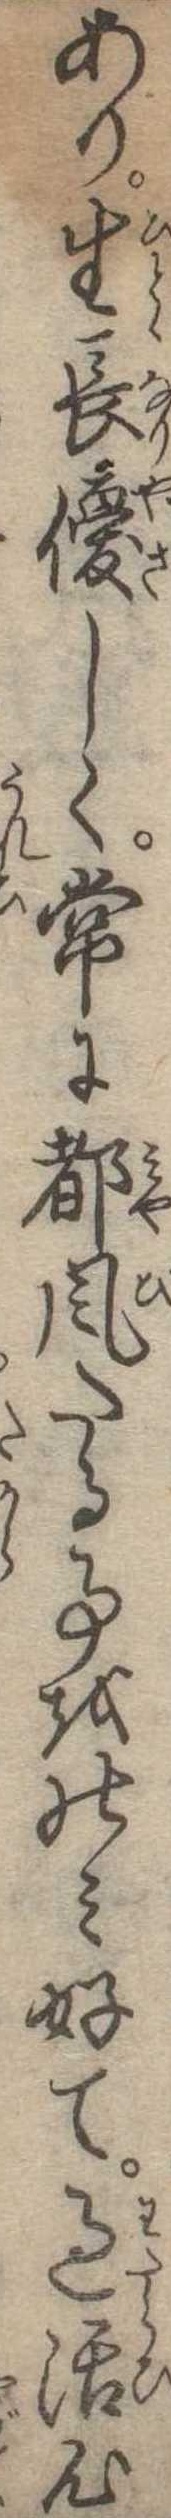
あり生長優しく常に都風たる事をのみ好て過活心